Lunatic asylums Punjab 1868-1880 - 1868-1880
Year: 1868
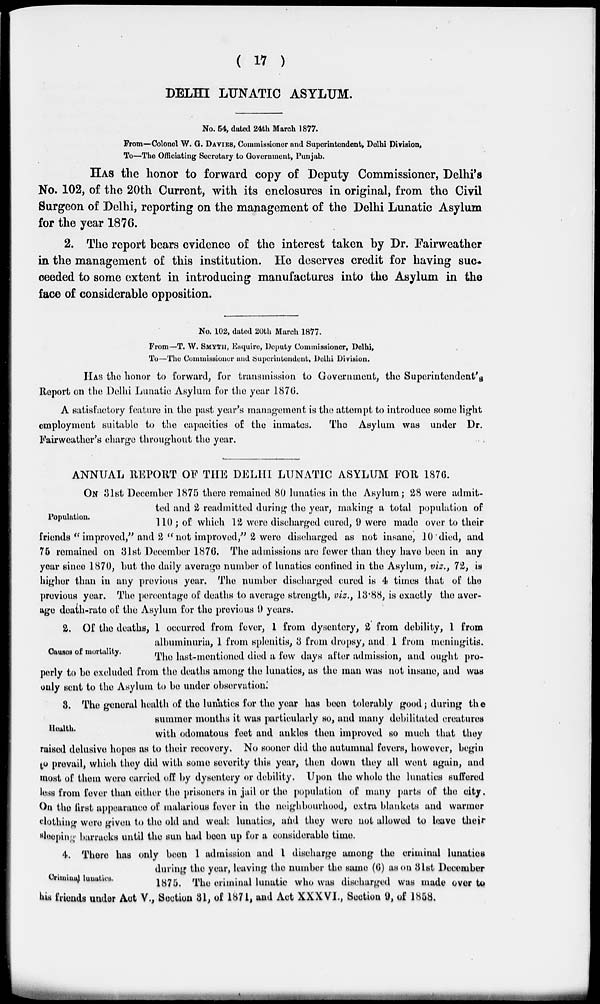
( 17 )
DELHI LUNATIC ASYLUM.
No. 54, dated 24th March 1877.
From—Colonel W. G. DAVIES, Commissioner and Superintendent, Delhi Division,
To—The Officiating Secretary to Government, Punjab.
HAS the honor to forward copy of Deputy Commissioner, Delhi's
No. 102, of the 20th Current, with its enclosures in original, from the Civil
Surgeon of Delhi, reporting on the management of the Delhi Lunatic Asylum
for the year 1876.
2. The report bears evidence of the interest taken by Dr. Fairweather
in the management of this institution. He deserves credit for having suc-
ceeded to some extent in introducing manufactures into the Asylum in the
face of considerable opposition.
No. 102, dated 20th March 1877.
From—T. W. SMYTH, Esquire, Deputy Commissioner, Delhi,
To—The Commissioner and Superintendent, Delhi Division.
HAS the honor to forward, for transmission to Government, the Superintendent's
Report on the Delhi Lunatic Asylum for the year 1876.
A satisfactory feature in the past year's management is the attempt to introduce some light
employment suitable to the capacities of the inmates. The Asylum was under Dr.
Fairweather's charge throughout the year.
ANNUAL REPORT OF THE DELHI LUNATIC ASYLUM FOR 1876.
Population.
ON 31st December 1875 there remained 80 lunatics in the Asylum; 28 were admit-
ted and 2 readmitted during the year, making a total population of
110 ; of which 12 were discharged cured, 9 were made over to their
friends " improved," and 2 " not improved," 2 were discharged as not insane, 10 died, and
75 remained on 31st December 1876. The admissions are fewer than they have been in any
year since 1870, but the daily average number of lunatics confined in the Asylum, viz., 72, is
higher than in any previous year. The number discharged cured is 4 times that of the
previous year. The percentage of deaths to average strength, viz., 13.88, is exactly the aver-
age death-rate of the Asylum for the previous 9 years.
Causes of mortality.
2. Of the deaths, 1 occurred from fever, 1 from dysentery, 2 from debility, 1 from
albuminuria, 1 from splenitis, 3 from dropsy, and 1 from meningitis.
The last-mentioned died a few days after admission, and ought pro-
perly to be excluded from the deaths among the lunatics, as the man was not insane, and was
only sent to the Asylum to be under observation.
Health.
3. The general health of the lunatics for the year has been tolerably good; during the
summer months it was particularly so, and many debilitated creatures
with odomatous feet and ankles then improved so much that they
raised delusive hopes as to their recovery. No sooner did the autumnal fevers, however, begin
to prevail, which they did with some severity this year, then down they all wont again, and
most of them were carried off by dysentery or debility. Upon the whole the lunatics suffered
less from fever than either the prisoners in jail or the population of many parts of the city.
On the first appearance of malarious fever in the neighbourhood, extra blankets and warmer
clothing were given to the old and weak lunatics, and they were not allowed to leave their
sleeping barracks until the sun had been up for a considerable time.
Criminal lunatics.
4. There has only been 1 admission and 1 discharge among the criminal lunatics
during the year, leaving the number the same (6) as on 31st December
1875. The criminal lunatic who was discharged was made over to
his friends under Act V., Section 81, of 1871, and Act XXXVI., Section 9, of 1858.